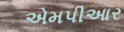
એમપીઆર